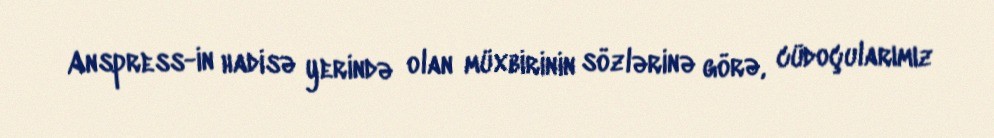
Anspress-in hadisə yerində olan müxbirinin sözlərinə görə, cüdoçularımız